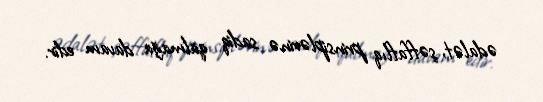
ədalət, şəffaflıq prinsiplərinə sadiq qalmağa davam edir.